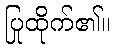
ပြုထိုက်၏။